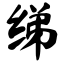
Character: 绨